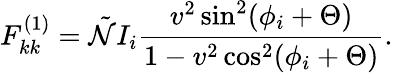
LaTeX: F_{kk}^{(1)}=\tilde{\mathcal{N}}I_{i}\frac{v^{2}\sin^{2}(\phi_{i}+\Theta)}{1-v^{2}\cos^{2}(\phi_{i}+\Theta)}.